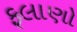
ફલાણો